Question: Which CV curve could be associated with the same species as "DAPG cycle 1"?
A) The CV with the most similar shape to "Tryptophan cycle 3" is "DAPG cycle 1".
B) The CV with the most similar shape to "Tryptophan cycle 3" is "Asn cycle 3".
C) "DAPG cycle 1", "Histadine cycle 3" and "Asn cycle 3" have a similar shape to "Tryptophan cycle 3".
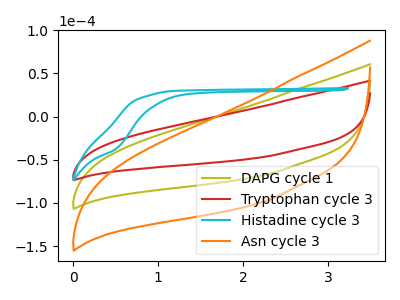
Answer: <think>The olive curve "DAPG cycle 1" has no peaks. The red curve "Tryptophan cycle 3" has no peaks. The cyan curve "Histadine cycle 3" has no peaks. The orange curve "Asn cycle 3" has no peaks.
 Neither "DAPG cycle 1" or "Tryptophan cycle 3" have any peaks. Neither "DAPG cycle 1" or "Histadine cycle 3" have any peaks. Neither "DAPG cycle 1" or "Asn cycle 3" have any peaks. Neither "Tryptophan cycle 3" or "Histadine cycle 3" have any peaks. Neither "Tryptophan cycle 3" or "Asn cycle 3" have any peaks. Neither "Histadine cycle 3" or "Asn cycle 3" have any peaks.</think>
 <answer>C) "DAPG cycle 1", "Histadine cycle 3" and "Asn cycle 3" have a similar shape to "Tryptophan cycle 3".</answer>
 <eval>C</eval>